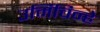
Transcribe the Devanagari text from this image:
उर्मिचिन्हे